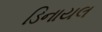
ડિનાયલ